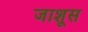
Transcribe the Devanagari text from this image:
जाशूस